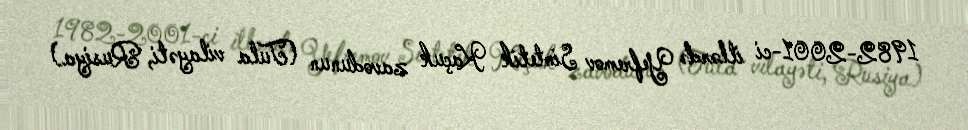
1982-2001-ci illərdə Yefremov Sintetik Kaçuk zavodunun (Tula vilayəti, Rusiya)